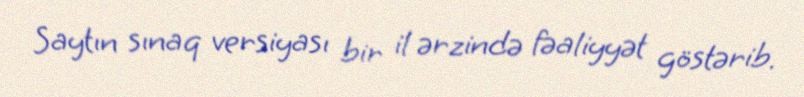
Saytın sınaq versiyası bir il ərzində fəaliyyət göstərib.